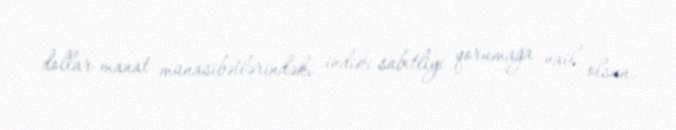
dollar-manat münasibətlərindəki indiki sabitliyi qorumağa nail olsun.